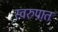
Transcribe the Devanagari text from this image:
स्‍वरुपात